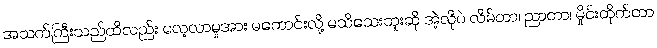
အသက်ကြီးသည်ထိလည်း လေ့လာမှုအား မကောင်းလို့ မသိသေးဘူးဆို အဲ့လိုပဲ လိမ်တာ၊ ညာတာ၊ မှိုင်းတိုက်တာ